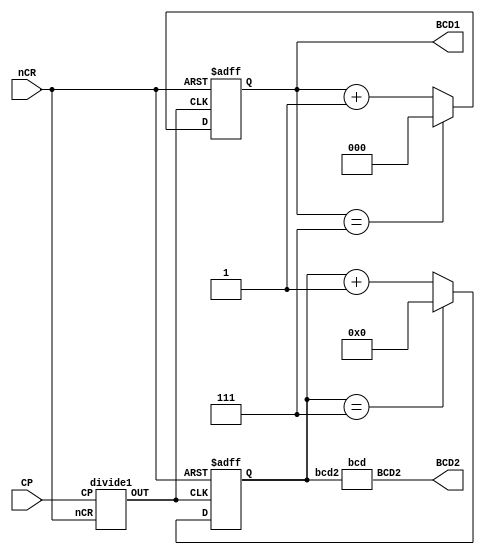
module bcd_1(CP,BCD1,BCD2,nCR);
input nCR;
input CP;
output [2:0] BCD1;
output [6:0] BCD2;

reg [2:0] cnt1;
reg [3:0] cnt2;

wire CP2;


always @(posedge CP2 or negedge nCR)

	if(~nCR)
		cnt1<=3'b000;
	else if(cnt1==3'b111)
		cnt1<=3'b00;
	else
		cnt1<=cnt1+1'b1;

always @(posedge CP2 or negedge nCR)
begin	
	if(~nCR)
		cnt2<=4'b0;
	else if(cnt2==4'h7)
		cnt2<=4'b00;
	else
		cnt2<=cnt2+1'b1;
end
divide1 U2(CP,CP2,nCR);
bcd U1(cnt2, BCD2);	
assign BCD1=cnt1;

endmodule


module divide1(CP,OUT,nCR);
input CP,nCR;
output OUT;
reg OUT;

reg [31:0] cnt ;

always @(posedge CP or negedge nCR)
if(~nCR)
	{cnt,OUT}<=33'b0;
else if(cnt==31'h10000)
	begin
		cnt<=32'b0;
		OUT<=~OUT;
	end
else
	cnt<=cnt+1'b1;

endmodule 



module bcd(bcd2,BCD2);

input [3:0] bcd2;
output [6:0] BCD2;

reg [6:0] BCD2;

always @(bcd2)
	case(bcd2)
		4'h0: BCD2<=7'b1111110;
		4'h1: BCD2<=7'b0110000;
		4'h2: BCD2<=7'b1101101;
		4'h3: BCD2<=7'b1111001;
		4'h4: BCD2<=7'b0110011;
		4'h5: BCD2<=7'b1011011;
		4'h6: BCD2<=7'b1011111;
		4'h7: BCD2<=7'b1110000;
		4'h8: BCD2<=7'b1111111;
		4'h9: BCD2<=7'b1111011;
		default: BCD2<=7'b1100011;
	endcase

endmodule